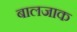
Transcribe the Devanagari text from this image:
बालजाक